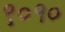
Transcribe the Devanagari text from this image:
९०१०